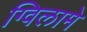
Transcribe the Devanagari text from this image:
ग्विलामे